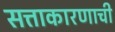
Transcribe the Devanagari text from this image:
सत्ताकारणाची